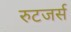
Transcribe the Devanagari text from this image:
रुटजर्स